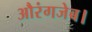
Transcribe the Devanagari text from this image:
औरंगजेब।